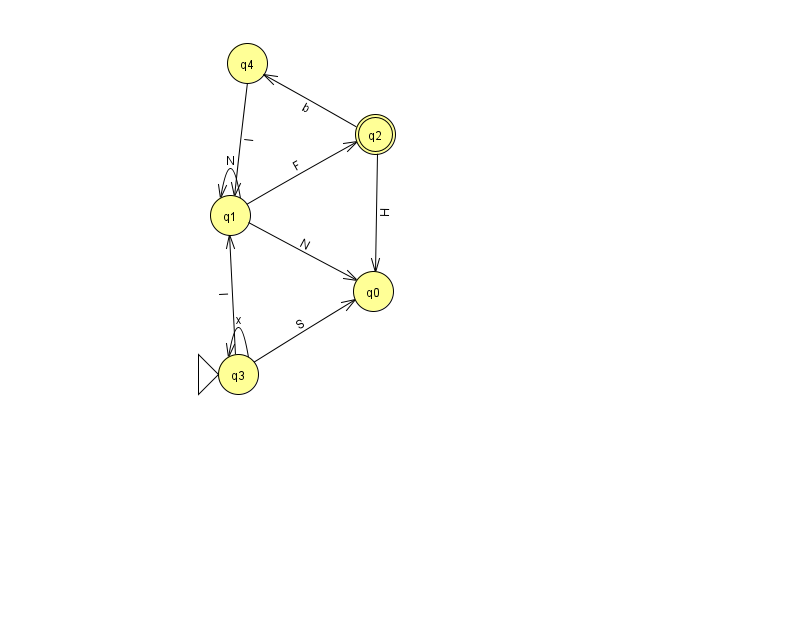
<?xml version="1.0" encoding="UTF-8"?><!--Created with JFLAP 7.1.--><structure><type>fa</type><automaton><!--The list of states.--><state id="0" name="q0"><x>373.0</x><y>278.0</y></state><state id="1" name="q1"><x>230.0</x><y>202.0</y></state><state id="2" name="q2"><x>375.0</x><y>121.0</y><final/></state><state id="3" name="q3"><x>238.0</x><y>361.0</y><initial/></state><state id="4" name="q4"><x>247.0</x><y>50.0</y></state><!--The list of transitions.--><transition><from>3</from><to>1</to><read>I</read></transition><transition><from>2</from><to>0</to><read>H</read></transition><transition><from>3</from><to>3</to><read>x</read></transition><transition><from>1</from><to>2</to><read>F</read></transition><transition><from>4</from><to>1</to><read>l</read></transition><transition><from>1</from><to>0</to><read>N</read></transition><transition><from>3</from><to>0</to><read>S</read></transition><transition><from>1</from><to>1</to><read>N</read></transition><transition><from>2</from><to>4</to><read>b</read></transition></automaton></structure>